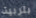
بتربية